King Institute of Preventive Medicine Bacteriolog. Section reports 1907-08
Year: 1907
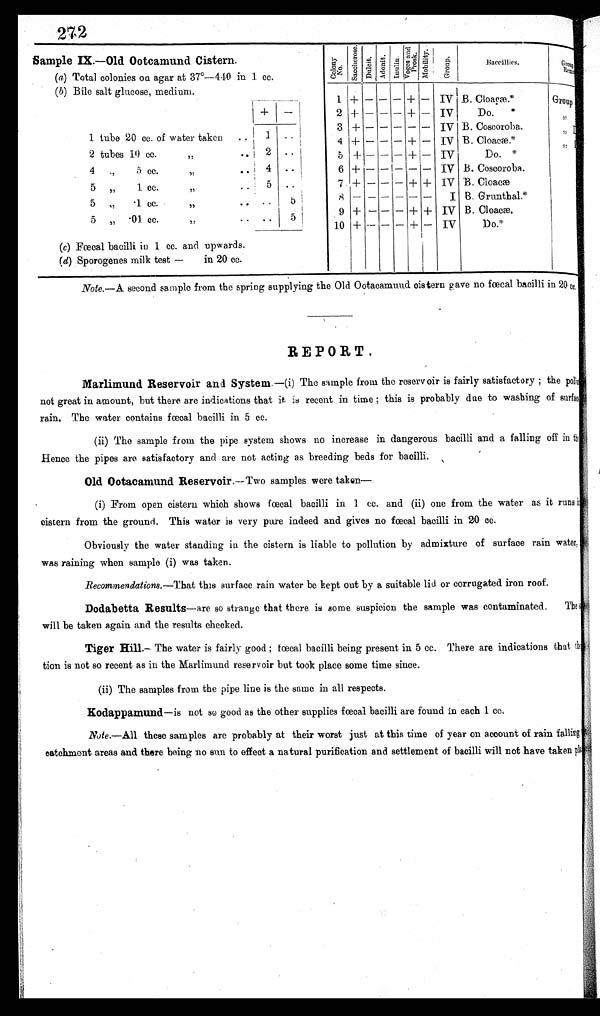
272
Sample IX.—Old Ootcamund Cistern.
(a) Total colonies on agar at 37°-440 in 1 cc.
(b) Bile salt glucose, medium.
-
1 tube 20 cc. of water taken
1 ..
2 tubes 10 cc.
2 .. ..
,,
4
.,
5 cc.
4 .. ..
5 ,,
1 cc.
, ,
5 ..
5 „
• 1 cc.
,,
.. 5 b
5 „ •01
cc.
.. 5
(e) Foetal bacilli in 1 cc. and upwards.
(d) Sporogenes milk test —
in 20 cc.
o n y
Colony
no. S a c c h e r o s e . Dul ci t. Ado ni t . I n u l i n .
V o g e s a n d p r o s k
Group
Baccillies .
G r o u p
R e m a n d
1
2
3
4
5
6
7
9
10
+
+
+
-I-
+
+
+
+
—
-
-
—
—
—
--
—
-
-
—
—
—
—
—
-
-
—
—
—
—
+
+—
+
+
+
+
+
—
-
—
+
+
—
IV
IV
IV
IV
IV
IV
IV
I
IV
IV
B. Cloaæ.
Do.
*
B. Coscoroba.
B. Cloacæ.
Do.
B. Coseoroba.
B. Cloacæ
B. Grunthal.
B. Cloacæ.
D o .
"
Group
Note.—A second sample from the spring supplying the Old Ootacamuud cistern gave no fœcal bacilli in 20 cc.
REPORT.
Marlimund Reservoir and System.—(i) The sample from the reservoir is fairly satisfactory ; the polluction
not great in amount, but there are indications that it is recent in time ; this is probably due to washing of surfax
rain. The water contains fœcal bacilli in 5 cc.
(ii) The sample from the pipe s ystem shows no increase in dangerous bacilli and a falling off in the
Hence the pipes are satisfactory and are not acting as breeding beds for bacilli.
Old Ootacamund Reservoir.—Two samples were Laken-
, (i) From open cistern which shows fœcal bacilli in 1 cc. and (ii) one from the water as it runs i
cistern from the ground. This water is very pure indeed and gives no fœcal bacilli in 20 cc.
Obviously the water standing in the cistern is liable to pollution by admixture of surface rain water,
was raining when sample (i) was taken.
Recommendations.—That this surface rain water be kept out by a suitable lid or corrugated iron roof.
Dodabetta Results—are so strange that there is some suspicion the sample was contaminated.
The
will be taken again and the results checked.
Tiger Hill.— The water is fairly good ; fœcal bacilli being present in 5 cc. There are indications that
tion is not so recent as in the Marlimund reservoir but took place some time since.
(ii) The samples from the pipe line is the same in all respects.
Kodappamund—is not so good as the other supplies fœcal bacilli are found in each 1 cc.
Note.—All these samples are probably at their worst just at this time of year on account of rain falling
catchment areas and there being no sun to effect a natural purification and settlement of bacilli will not have taken pi